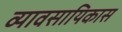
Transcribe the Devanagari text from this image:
व्यावसायिकास